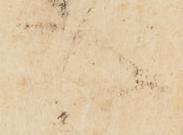
入